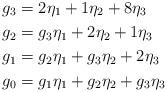
LaTeX: \begin{align*}\small g_3&=2\eta_1+1\eta_2+8\eta_3\\ g_2&=g_3\eta_1+2\eta_2+1\eta_3\\ g_1&=g_2\eta_1+g_3\eta_2+2\eta_3\\ g_0&=g_1\eta_1+g_2\eta_2+g_3\eta_3\end{align*}